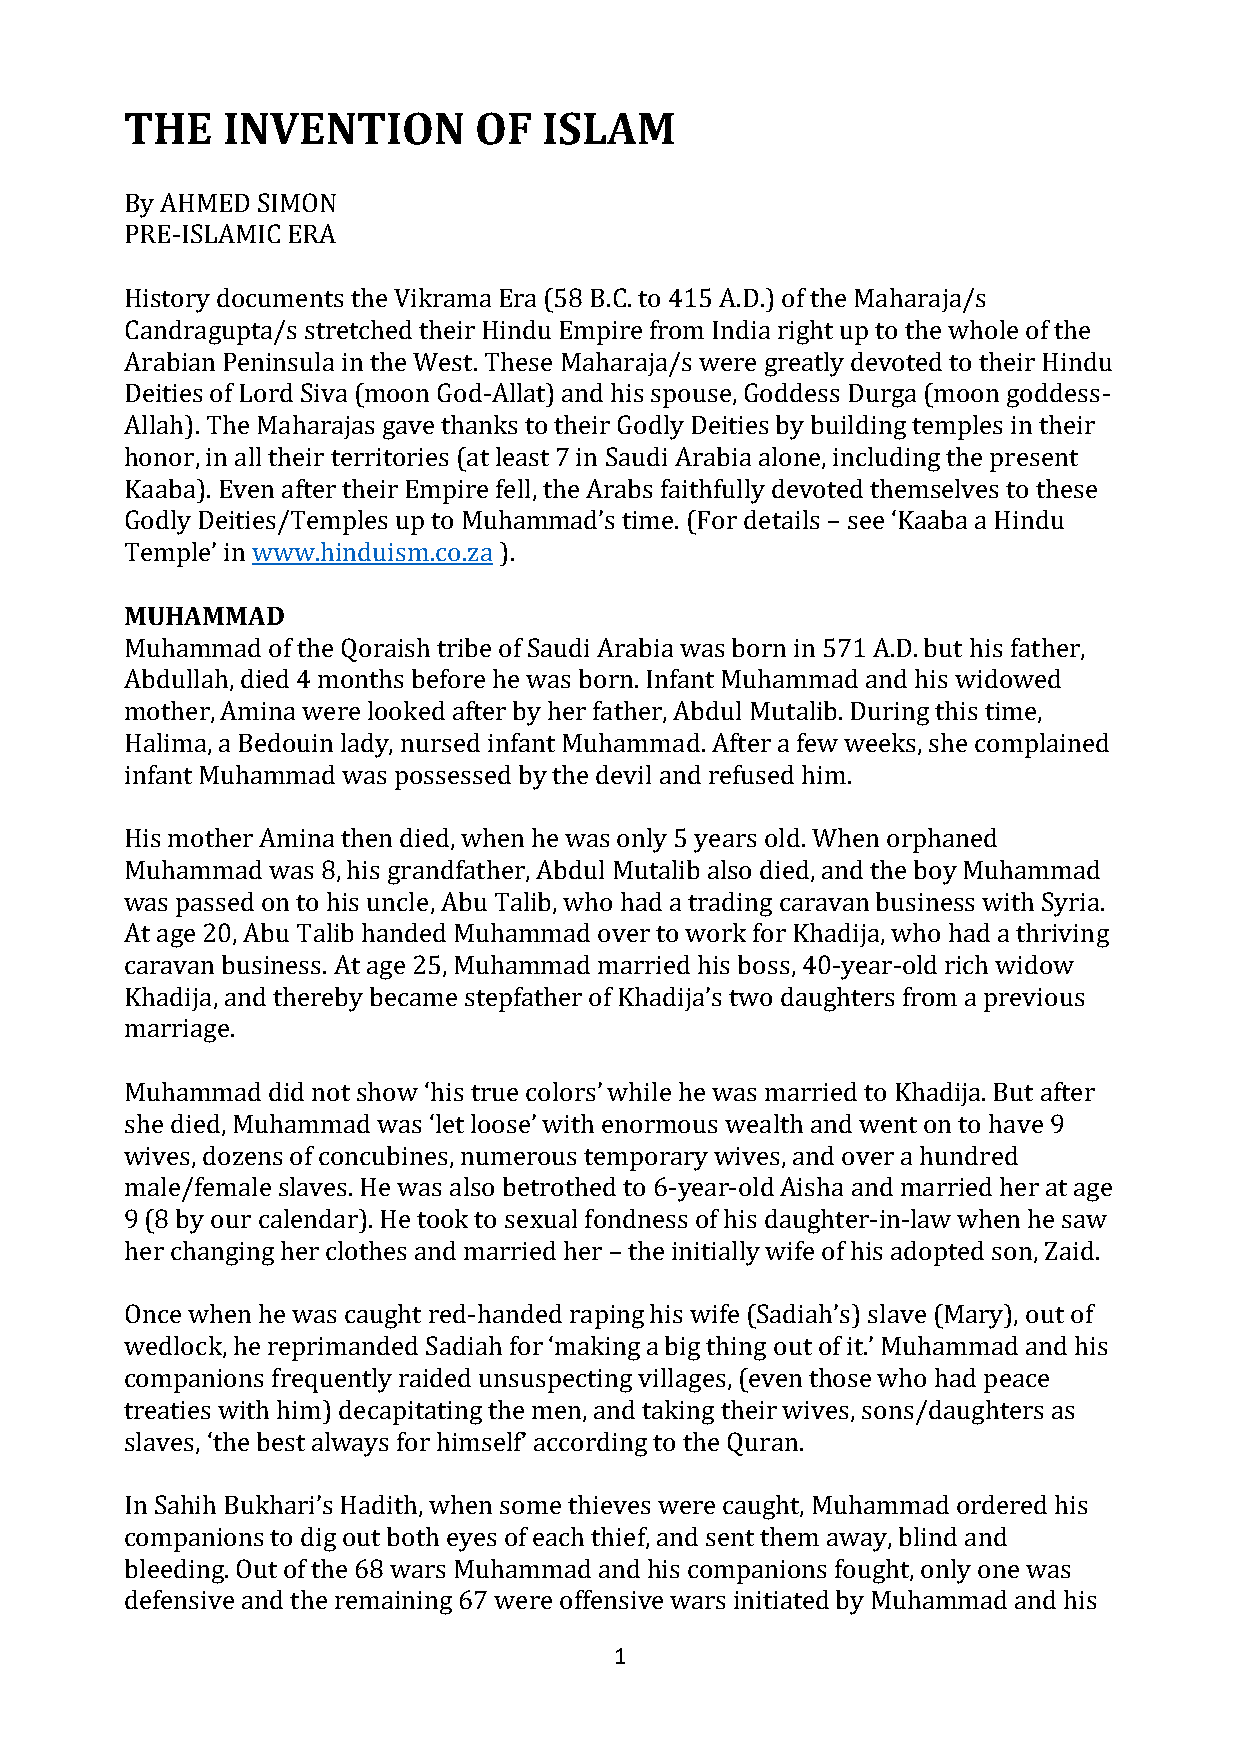
THE    INVENTION       OF   ISLAM
 By AHMED SIMON
 PRE-ISLAMIC ERA
 History documents the Vikrama Era (58 B.C. to 415 A.D.) of the Maharaja/s
 Candragupta/s stretched their Hindu Empire from India right up to the whole of the
 Arabian Peninsula in the West. These Maharaja/s were greatly devoted to their Hindu
 Deities of Lord Siva (moon God-Allat) and his spouse, Goddess Durga (moon goddess-
 Allah). The Maharajas gave thanks to their Godly Deities by building temples in their
 honor, in all their territories (at least 7 in Saudi Arabia alone, including the present
 Kaaba). Even after their Empire fell, the Arabs faithfully devoted themselves to these
 Godly Deities/Temples up to Muhammad’s time. (For details – see ‘Kaaba a Hindu
 Temple’ in www.hinduism.co.za ).
 MUHAMMAD
 Muhammad  of the Qoraish tribe of Saudi Arabia was born in 571 A.D. but his father,
 Abdullah, died 4 months before he was born. Infant Muhammad and his widowed
 mother, Amina were looked after by her father, Abdul Mutalib. During this time,
 Halima, a Bedouin lady, nursed infant Muhammad. After a few weeks, she complained
 infant Muhammad was possessed by the devil and refused him.
 His mother Amina then died, when he was only 5 years old. When orphaned
 Muhammad  was 8, his grandfather, Abdul Mutalib also died, and the boy Muhammad
 was passed on to his uncle, Abu Talib, who had a trading caravan business with Syria.
 At age 20, Abu Talib handed Muhammad over to work for Khadija, who had a thriving
 caravan business. At age 25, Muhammad married his boss, 40-year-old rich widow
 Khadija, and thereby became stepfather of Khadija’s two daughters from a previous
 marriage.
 Muhammad  did not show ‘his true colors’ while he was married to Khadija. But after
 she died, Muhammad was ‘let loose’ with enormous wealth and went on to have 9
 wives, dozens of concubines, numerous temporary wives, and over a hundred
 male/female slaves. He was also betrothed to 6-year-old Aisha and married her at age
 9 (8 by our calendar). He took to sexual fondness of his daughter-in-law when he saw
 her changing her clothes and married her – the initially wife of his adopted son, Zaid.
 Once when he was caught red-handed raping his wife (Sadiah’s) slave (Mary), out of
 wedlock, he reprimanded Sadiah for ‘making a big thing out of it.’ Muhammad and his
 companions frequently raided unsuspecting villages, (even those who had peace
 treaties with him) decapitating the men, and taking their wives, sons/daughters as
 slaves, ‘the best always for himself’ according to the Quran.
 In Sahih Bukhari’s Hadith, when some thieves were caught, Muhammad ordered his
 companions to dig out both eyes of each thief, and sent them away, blind and
 bleeding. Out of the 68 wars Muhammad and his companions fought, only one was
 defensive and the remaining 67 were offensive wars initiated by Muhammad and his
 1